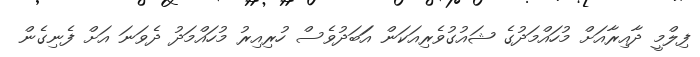
ފިލްމީ ދާއިރާއަށް މުހައްމަދުގެ ޝައުގުވެރިއަކަން އަަަބަދުވެސް ހުރިއިރު މުހައްމަދު ދެވަނަ އަށް ފެނިގެން